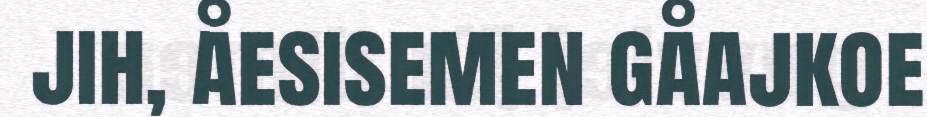
jih, åesisemen gåajkoe